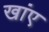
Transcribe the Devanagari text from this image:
खांए